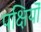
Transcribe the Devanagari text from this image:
पक्षियॊं